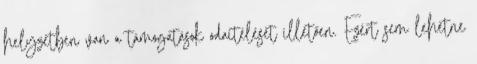
helyzetben van a támogatások odaítélését illetően. Ezért sem lehetne